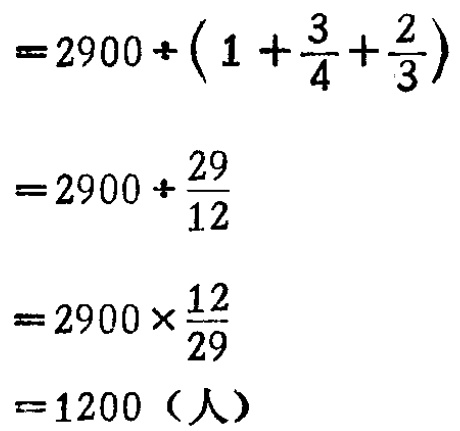
\[

\begin{align*}

&=2900\div(1 + \frac{3}{4}+\frac{2}{3})\\

&=2900\div\frac{29}{12}\\

&=2900\times\frac{12}{29}\\

&=1200（人）

\end{align*}

\]